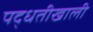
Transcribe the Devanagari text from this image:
पद्धतीखाली